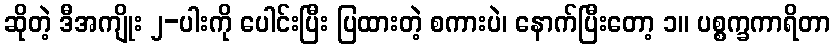
ဆိုတဲ့ ဒီအကျိုး ၂-ပါးကို ပေါင်းပြီး ပြထားတဲ့ စကားပဲ၊ နောက်ပြီးတော့ ၁။ ပစ္စက္ခကာရိတာ